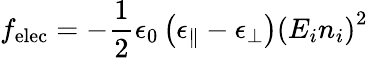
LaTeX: f_{\mathrm{elec}}=-{\frac{1}{2}}\epsilon_{0}\left(\epsilon_{\parallel}-\epsilon_{\bot}\right)\left(E_{i}n_{i}\right)^{2}